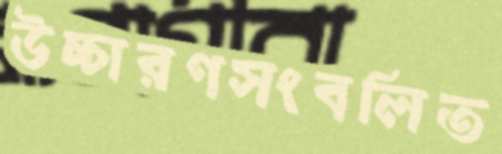
উচ্চারণসংবলিত